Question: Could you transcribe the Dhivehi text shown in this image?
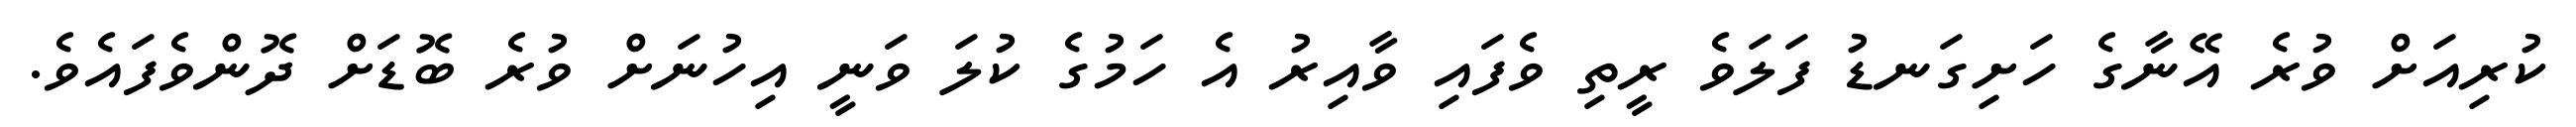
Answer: ކުރިއަށް ވުރެ އޭނާގެ ހަށިގަނޑު ފަލަވެ ރީތި ވެފައި ވާއިރު އެ ހަމުގެ ކުލަ ވަނީ އިހުނަށް ވުރެ ބޮޑަށް ދޮންވެފައެވެ.